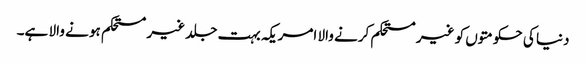
دنیا کی حکومتوں کو غیر مستحکم کرنے والا امریکہ بہت جلد غیر مستحکم ہو نے والا ہے۔